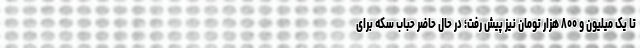
تا یک میلیون و ۸۰۰ هزار تومان نیز پیش رفت؛ در حال حاضر حباب سکه برای